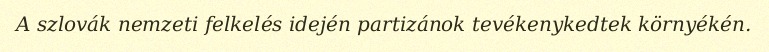
A szlovák nemzeti felkelés idején partizánok tevékenykedtek környékén.